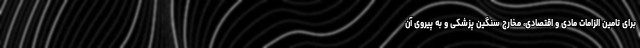
برای تامین الزامات مادی و اقتصادی، مخارج سنگین پزشکی و به پیروی آن